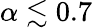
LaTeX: \alpha\lesssim 0.7